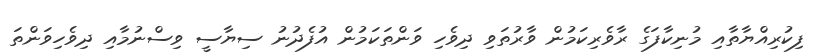
ފިކުރިއްޔާތާއި މުނިކާފަގެ ރާވެރިކަމުން ވާރުތަވި ދިވެހި ވަންތަކަމުން އުފެދުނު ސިޔާސީ ވިސްނުމާއި ދިވެހިވަންތަ